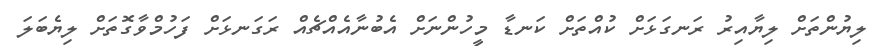
ލިޔުންތަށް ލިޔާއިރު ރަނގަޅަށް ކުއްތަށް ކަނޑާ މީހުންނަށް އެބުނާއެއްޗެއް ރަގަނޅަށް ފަހުމްވާގޮތަށް ލިޔެބަލަ